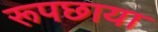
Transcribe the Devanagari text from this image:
रूपछाया